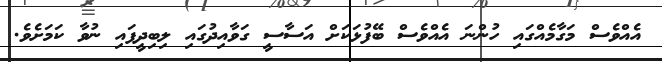
އެއްވެސް މަގާމެއްގައި ހުންނަ އެއްވެސް ބޭފުޅަކަށް އަސާސީ ގަވާއިދުގައި ލިބިދީފައި ނުވާ ކަމަށެވެ.